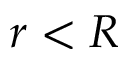
r < R